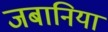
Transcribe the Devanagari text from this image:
जबानिया